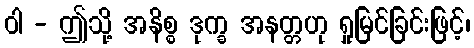
ဝါ - ဤသို့ အနိစ္စ ဒုက္ခ အနတ္တဟု ရှုမြင်ခြင်းဖြင့်၊